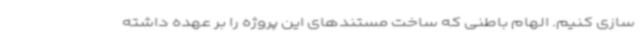
سازی کنیم. الهام باطنی که ساخت مستندهای این پروژه را بر عهده داشته